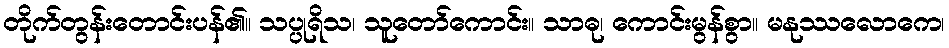
တိုက်တွန်းတောင်းပန်၏။ သပ္ပုရိသ၊ သူတော်ကောင်း။ သာဓု၊ ကောင်းမွန်စွာ။ မနုဿလောကေ၊